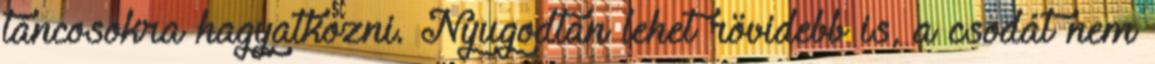
táncosokra hagyatkozni. Nyugodtan lehet rövidebb is, a csodát nem